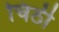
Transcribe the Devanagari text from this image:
चिठी